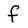
Character: f